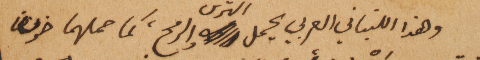
وهذا اللبناني العربي يحمل الترس والرمح، كما حملهما ضون